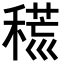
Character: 𥡍